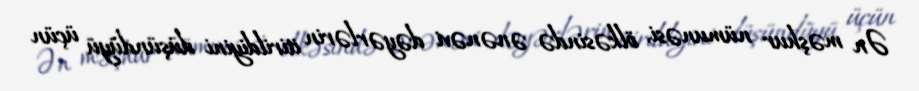
Ən məşhur nümunəsi, ölkəsində ənənəvi dəyərlərin itirildiyini düşündüyü üçün